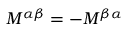
M ^ { \alpha \beta } = - M ^ { \beta \alpha }